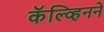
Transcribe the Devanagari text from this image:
कॅल्व्हिनने